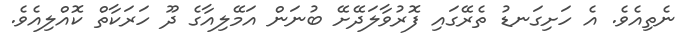
ނެތިއެވެ. އެ ހަށިގަނޑު ތެރޭގައި ފޮރުވާލަދޭށޭ ބުނަން އަމޭލިއާގެ ދޫ ހަރަކާތް ކޮއްލިއެވެ.